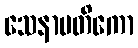
သေနာပတိကော